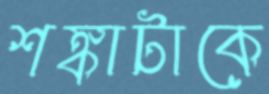
শঙ্কাটাকে